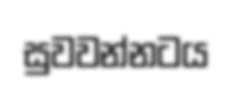
සුවවන්නටය